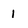
Character: 1